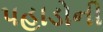
પહાડોની